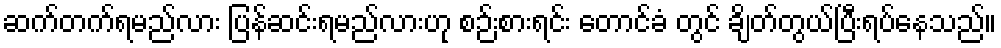
ဆက်တက်ရမည်လား ပြန်ဆင်းရမည်လားဟု စဉ်းစားရင်း တောင်ခံ တွင် ချိတ်တွယ်ပြီးရပ်နေသည်။